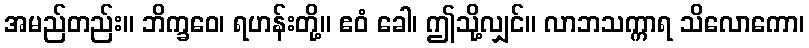
အမည်တည်း။ ဘိက္ခဝေ၊ ရဟန်းတို့။ ဧဝံ ခေါ၊ ဤသို့လျှင်။ လာဘသက္ကာရ သိလောကော၊